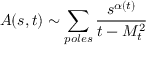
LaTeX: A ( s , t ) \sim \sum _ { p o l e s } \frac { s ^ { \alpha ( t ) } } { t - M _ { t } ^ { 2 } }